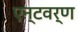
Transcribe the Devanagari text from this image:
एन्टवर्ण